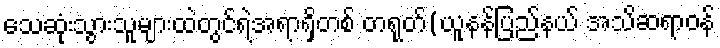
သေဆုံးသွားသူများထဲတွင်ရဲအရာရှိတစ် တရုတ်(ယူနန်ပြည်နယ် အသိဆရာဝန်